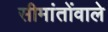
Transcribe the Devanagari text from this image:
सीमांतोंवाले